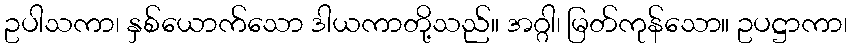
ဥပါသကာ၊ နှစ်ယောက်သော ဒါယကာတို့သည်။ အဂ္ဂါ၊ မြတ်ကုန်သော။ ဥပဋ္ဌာကာ၊